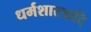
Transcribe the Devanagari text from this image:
धर्मशास्त्रादि